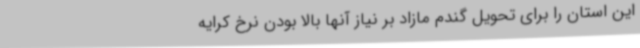
این استان را برای تحویل گندم مازاد بر نیاز آنها بالا بودن نرخ کرایه